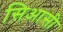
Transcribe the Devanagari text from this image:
सिआसी